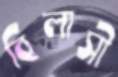
বিলাসী